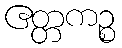
ဧတ္တကဉ္စ